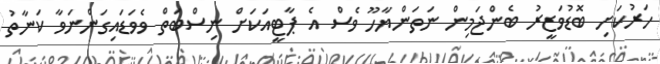
ހަރުކަށި ބޮޑުވަޒީރު ބެންޖަމިން ނަތަންޔާހޫ ވެސް އެ ޕާޓީއަކަށް ނިސްބަތް ވެވަޑައިގަންނަވާ ކަނާތު